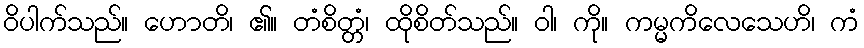
ဝိပါက်သည်။ ဟောတိ၊ ၏။ တံစိတ္တံ၊ ထိုစိတ်သည်။ ဝါ၊ ကို။ ကမ္မကိလေသေဟိ၊ ကံ